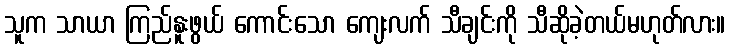
သူက သာယာ ကြည်နူးဖွယ် ကောင်းသော ကျေးလက် သီချင်းကို သီဆိုခဲ့တယ်မဟုတ်လား။